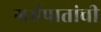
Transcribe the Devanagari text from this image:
गर्भपातांची